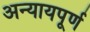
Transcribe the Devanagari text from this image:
अन्‍यायपूर्ण